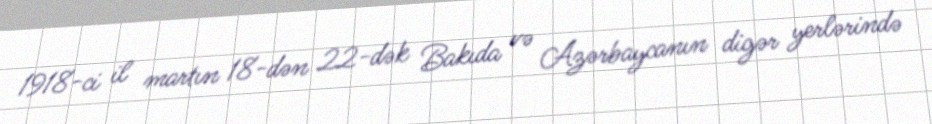
1918-ci il martın 18-dən 22-dək Bakıda və Azərbaycanın digər yerlərində